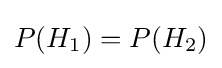
P(H_{1})=P(H_{2})